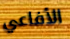
الأفاعي